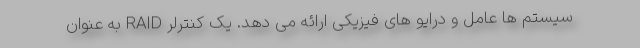
سیستم ها عامل و درایو های فیزیکی ارائه می دهد. یک کنترلر RAID به عنوان